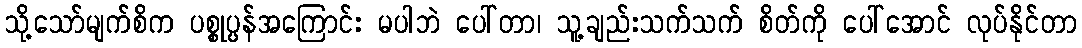
သို့သော်မျက်စိက ပစ္စုပ္ပန်အကြောင်း မပါဘဲ ပေါ်တာ၊ သူ့ချည်းသက်သက် စိတ်ကို ပေါ်အောင် လုပ်နိုင်တာ